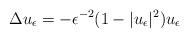
LaTeX: \begin{align*}\Delta u_{\epsilon}=-\epsilon^{-2}(1-|u_{\epsilon}|^2)u_{\epsilon}\end{align*}